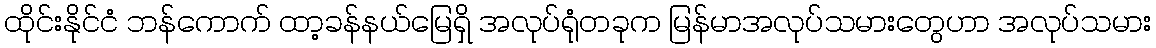
ထိုင်းနိုင်ငံ ဘန်ကောက် ထာ့ခန်နယ်မြေရှိ အလုပ်ရုံတခုက မြန်မာအလုပ်သမားတွေဟာ အလုပ်သမား